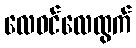
လေဝင်လေထွက်